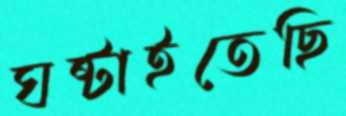
ঘষ্‌টাইতেছি